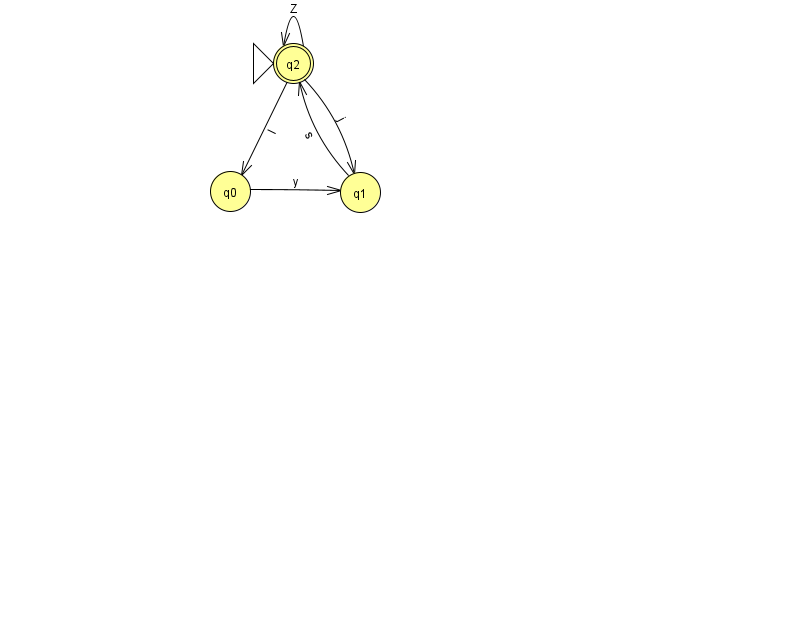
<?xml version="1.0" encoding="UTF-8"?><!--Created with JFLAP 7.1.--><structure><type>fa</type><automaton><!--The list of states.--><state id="0" name="q0"><x>230.0</x><y>178.0</y></state><state id="1" name="q1"><x>360.0</x><y>179.0</y></state><state id="2" name="q2"><x>293.0</x><y>50.0</y><initial/><final/></state><!--The list of transitions.--><transition><from>0</from><to>1</to><read>y</read></transition><transition><from>2</from><to>1</to><read>j</read></transition><transition><from>2</from><to>0</to><read>l</read></transition><transition><from>2</from><to>2</to><read>Z</read></transition><transition><from>1</from><to>2</to><read>s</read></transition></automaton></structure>